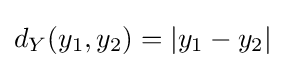
d_{Y}(y_{1},y_{2})=|y_{1}-y_{2}|